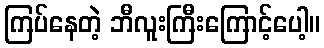
ကြပ်နေတဲ့ ဘီလူးကြီးကြောင့်ပေါ့။